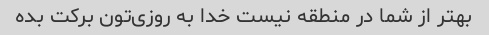
بهتر از شما در منطقه نیست خدا به روزی‌تون برکت بده